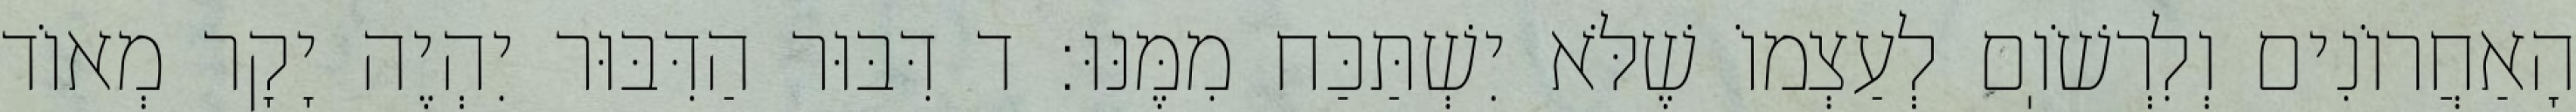
הָאַחֲרוֹנִים וְלִרְשֹׁוֽם לְעַצְמוֹ שֶׁלֹּא יִשְׁתַּכַּח מִמֶּנּוּ: ד דִּבּוּר הַדִּבּוּר יִהְיֶה יָקָר מְאוֹד